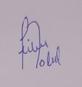
Signature authenticity: forged